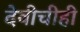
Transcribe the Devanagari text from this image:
देवीचीही